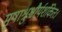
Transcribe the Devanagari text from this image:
मृषाश्रुश्चौर्यशंकितः।